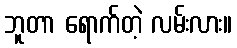
ဘူတာ ရောက်တဲ့ လမ်းလား။